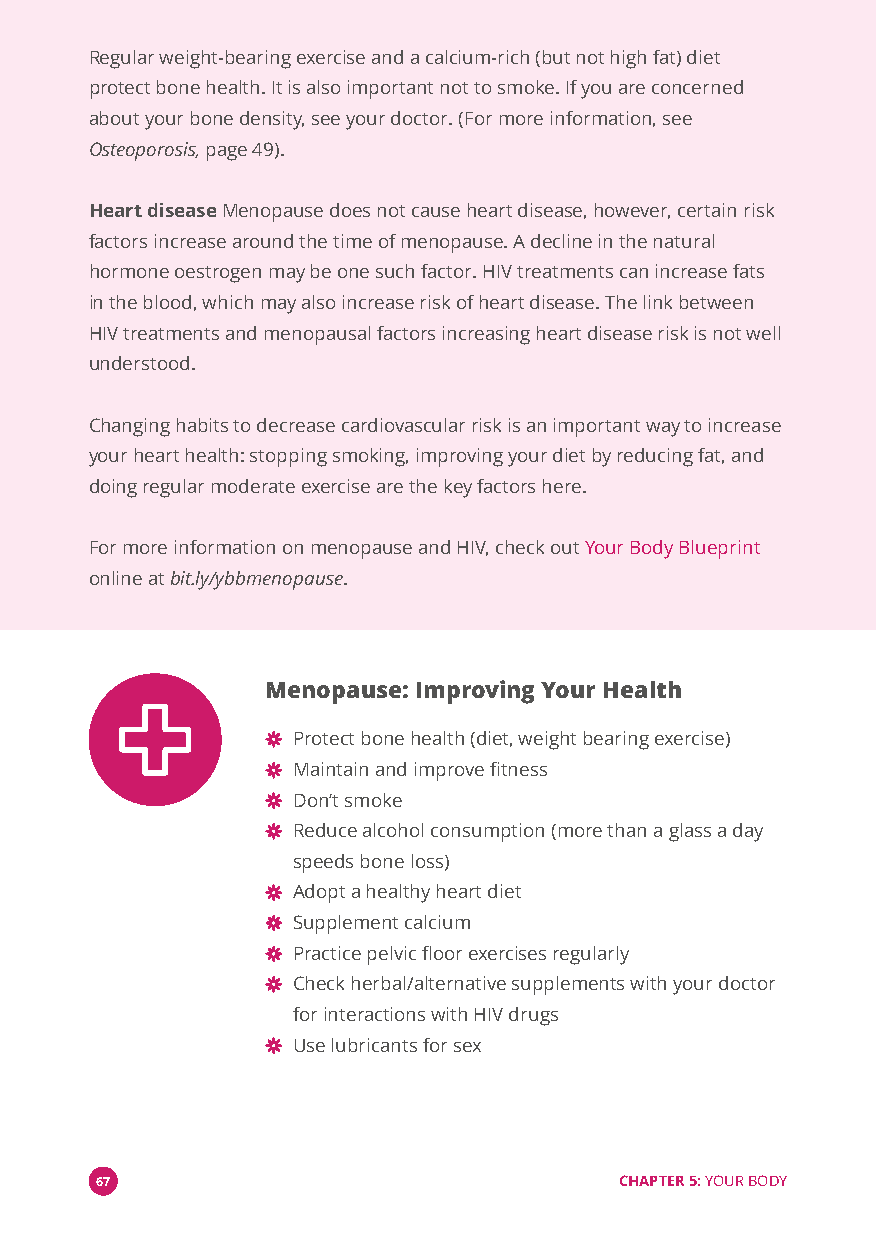
Regular weight-bearing exercise and a calcium-rich (but not high fat) diet
 protect bone health. It is also important not to smoke. If you are concerned
 about your bone density, see your doctor. (For more information, see
 Osteoporosis,page 49).
 Heart diseaseMenopause does not cause heart disease, however, certain risk
 factors increase around the time of menopause. A decline in the natural
 hormone oestrogen may be one such factor. HIV treatments can increase fats
 in the blood, which may also increase risk of heart disease. The link between
 HIV treatments and menopausal factors increasing heart disease risk is not well
 understood.
 Changing habits to decrease cardiovascular risk is an important way to increase
 your heart health: stopping smoking, improving your diet by reducing fat, and
 doing regular moderate exercise are the key factors here.
 For more information on menopause and HIV, check outYour Body Blueprint
 online atbit.ly/ybbmenopause.
 Menopause: Improving Your Health
 Protect bone health (diet, weight bearing exercise)
 Maintain and improve fitness
 Don’t smoke
 Reduce alcohol consumption (more than a glass a day
 speeds bone loss)
 Adopt a healthy heart diet
 Supplement calcium
 Practice pelvic floor exercises regularly
 Check herbal/alternative supplements with your doctor
 for interactions with HIV drugs
 Use lubricants for sex
 67                                 CHAPTER 5:YOUR BODY